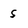
Character: s